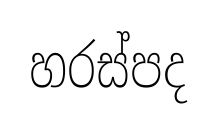
හරස්පද